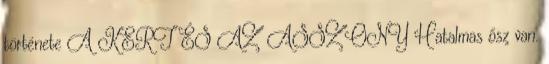
története A KERT ÉS AZ ASSZONY Hatalmas ősz van.